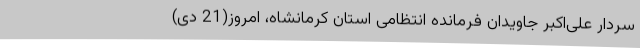
سردار علی‌اکبر جاویدان فرمانده انتظامی استان کرمانشاه، امروز(21 دی)